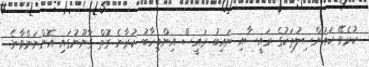
ކުރެވޭ ކައުންސިލުތަކުގެ ރައީސާއި ނައިބު ރައީސް އިންތިހާބު ކުރާނެ ގޮތް ގާނޫނުގައި އޮންނަންވާނެ